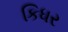
કિધર